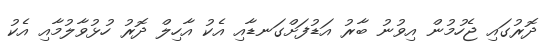
ދޮރުގައި ޖެހުމުން އިވުނު ބާރު އަޑުފަށްގަނޑާއި އެކު އާހިލް ދޮރު ހުޅުވާލުމާއި އެކު